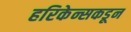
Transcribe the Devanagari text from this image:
हरिकेन्सकडून